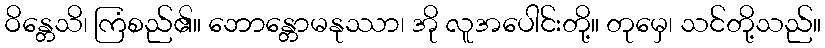
ဝိန္တေသိ၊ ကြံစည်၏။ ဘောန္တောမနုဿာ၊ အို လူအပေါင်းတို့။ တုမှေ၊ သင်တို့သည်။